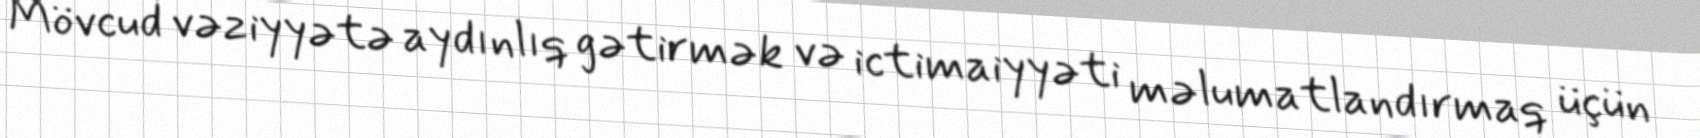
Mövcud vəziyyətə aydınlıq gətirmək və ictimaiyyəti məlumatlandırmaq üçün